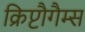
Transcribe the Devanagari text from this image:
क्रिप्टौगैम्स